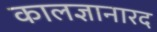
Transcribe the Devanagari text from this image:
कालज्ञानारद